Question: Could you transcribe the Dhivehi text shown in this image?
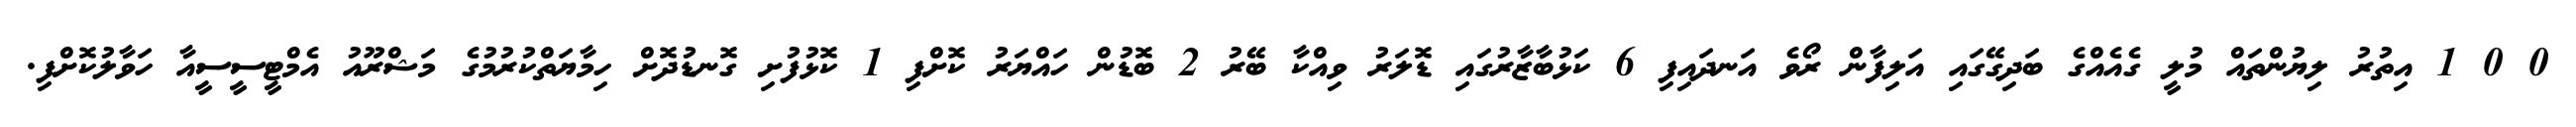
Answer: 0 0 1 އިތުރު ލިޔުންތައް މުލީ ގެއެއްގެ ބަދިގޭގައި އަލިފާން ރޯވެ އަނދައިފި 6 ކަޅުބާޒާރުގައި ޑޮލަރު ވިއްކާ ބޭރު 2 ބޮޑުން ހައްޔަރު ކޮށްފި 1 ކޮޅުފުށި ގޮނޑުދޮށް ހިމާޔަތްކުރުމުގެ މަޝްރޫއު އެމްޓީސީސީއާ ހަވާލުކޮށްފި.